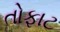
તોફાટ